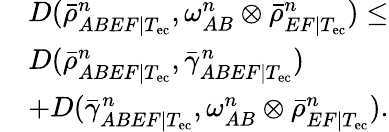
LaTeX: \begin{array}{rl}&{D(\bar{\rho}_{ABEF|T_{\mathrm{ec}}}^{n},\omega_{AB}^{n}\otimes\bar{\rho}_{EF|T_{\mathrm{ec}}}^{n})\leq}\\ &{D(\bar{\rho}_{ABEF|T_{\mathrm{ec}}}^{n},\bar{\gamma}_{ABEF|T_{\mathrm{ec}}}^{n})}\\ &{+D(\bar{\gamma}_{ABEF|T_{\mathrm{ec}}}^{n},\omega_{AB}^{n}\otimes\bar{\rho}_{EF|T_{\mathrm{ec}}}^{n}).}\end{array}